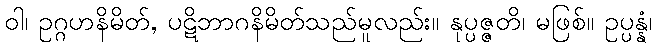
ဝါ၊ ဥဂ္ဂဟနိမိတ်, ပဋိဘာဂနိမိတ်သည်မူလည်း။ နုပ္ပဇ္ဇတိ၊ မဖြစ်။ ဥပ္ပန္နံ၊